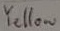
Text: Yellow